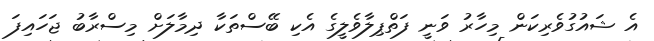
އެ ޝައުގުވެރިކަން މިހާރު ވަނީ ފަތްޕިލާވެލީގެ އެކި ބޭސްތަކާ ދިމާލަށް މިސްރާބު ޖަހައިފަ